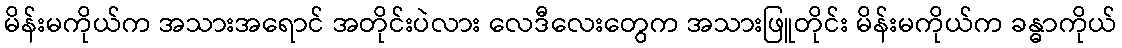
မိန်းမကိုယ်က အသားအရောင် အတိုင်းပဲလား လေဒီလေးတွေက အသားဖြူတိုင်း မိန်းမကိုယ်က ခန္ဓာကိုယ်